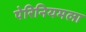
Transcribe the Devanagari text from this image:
पेरिनियमला